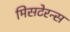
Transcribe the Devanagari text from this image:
मिसटेरन्स